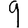
Digit: 9